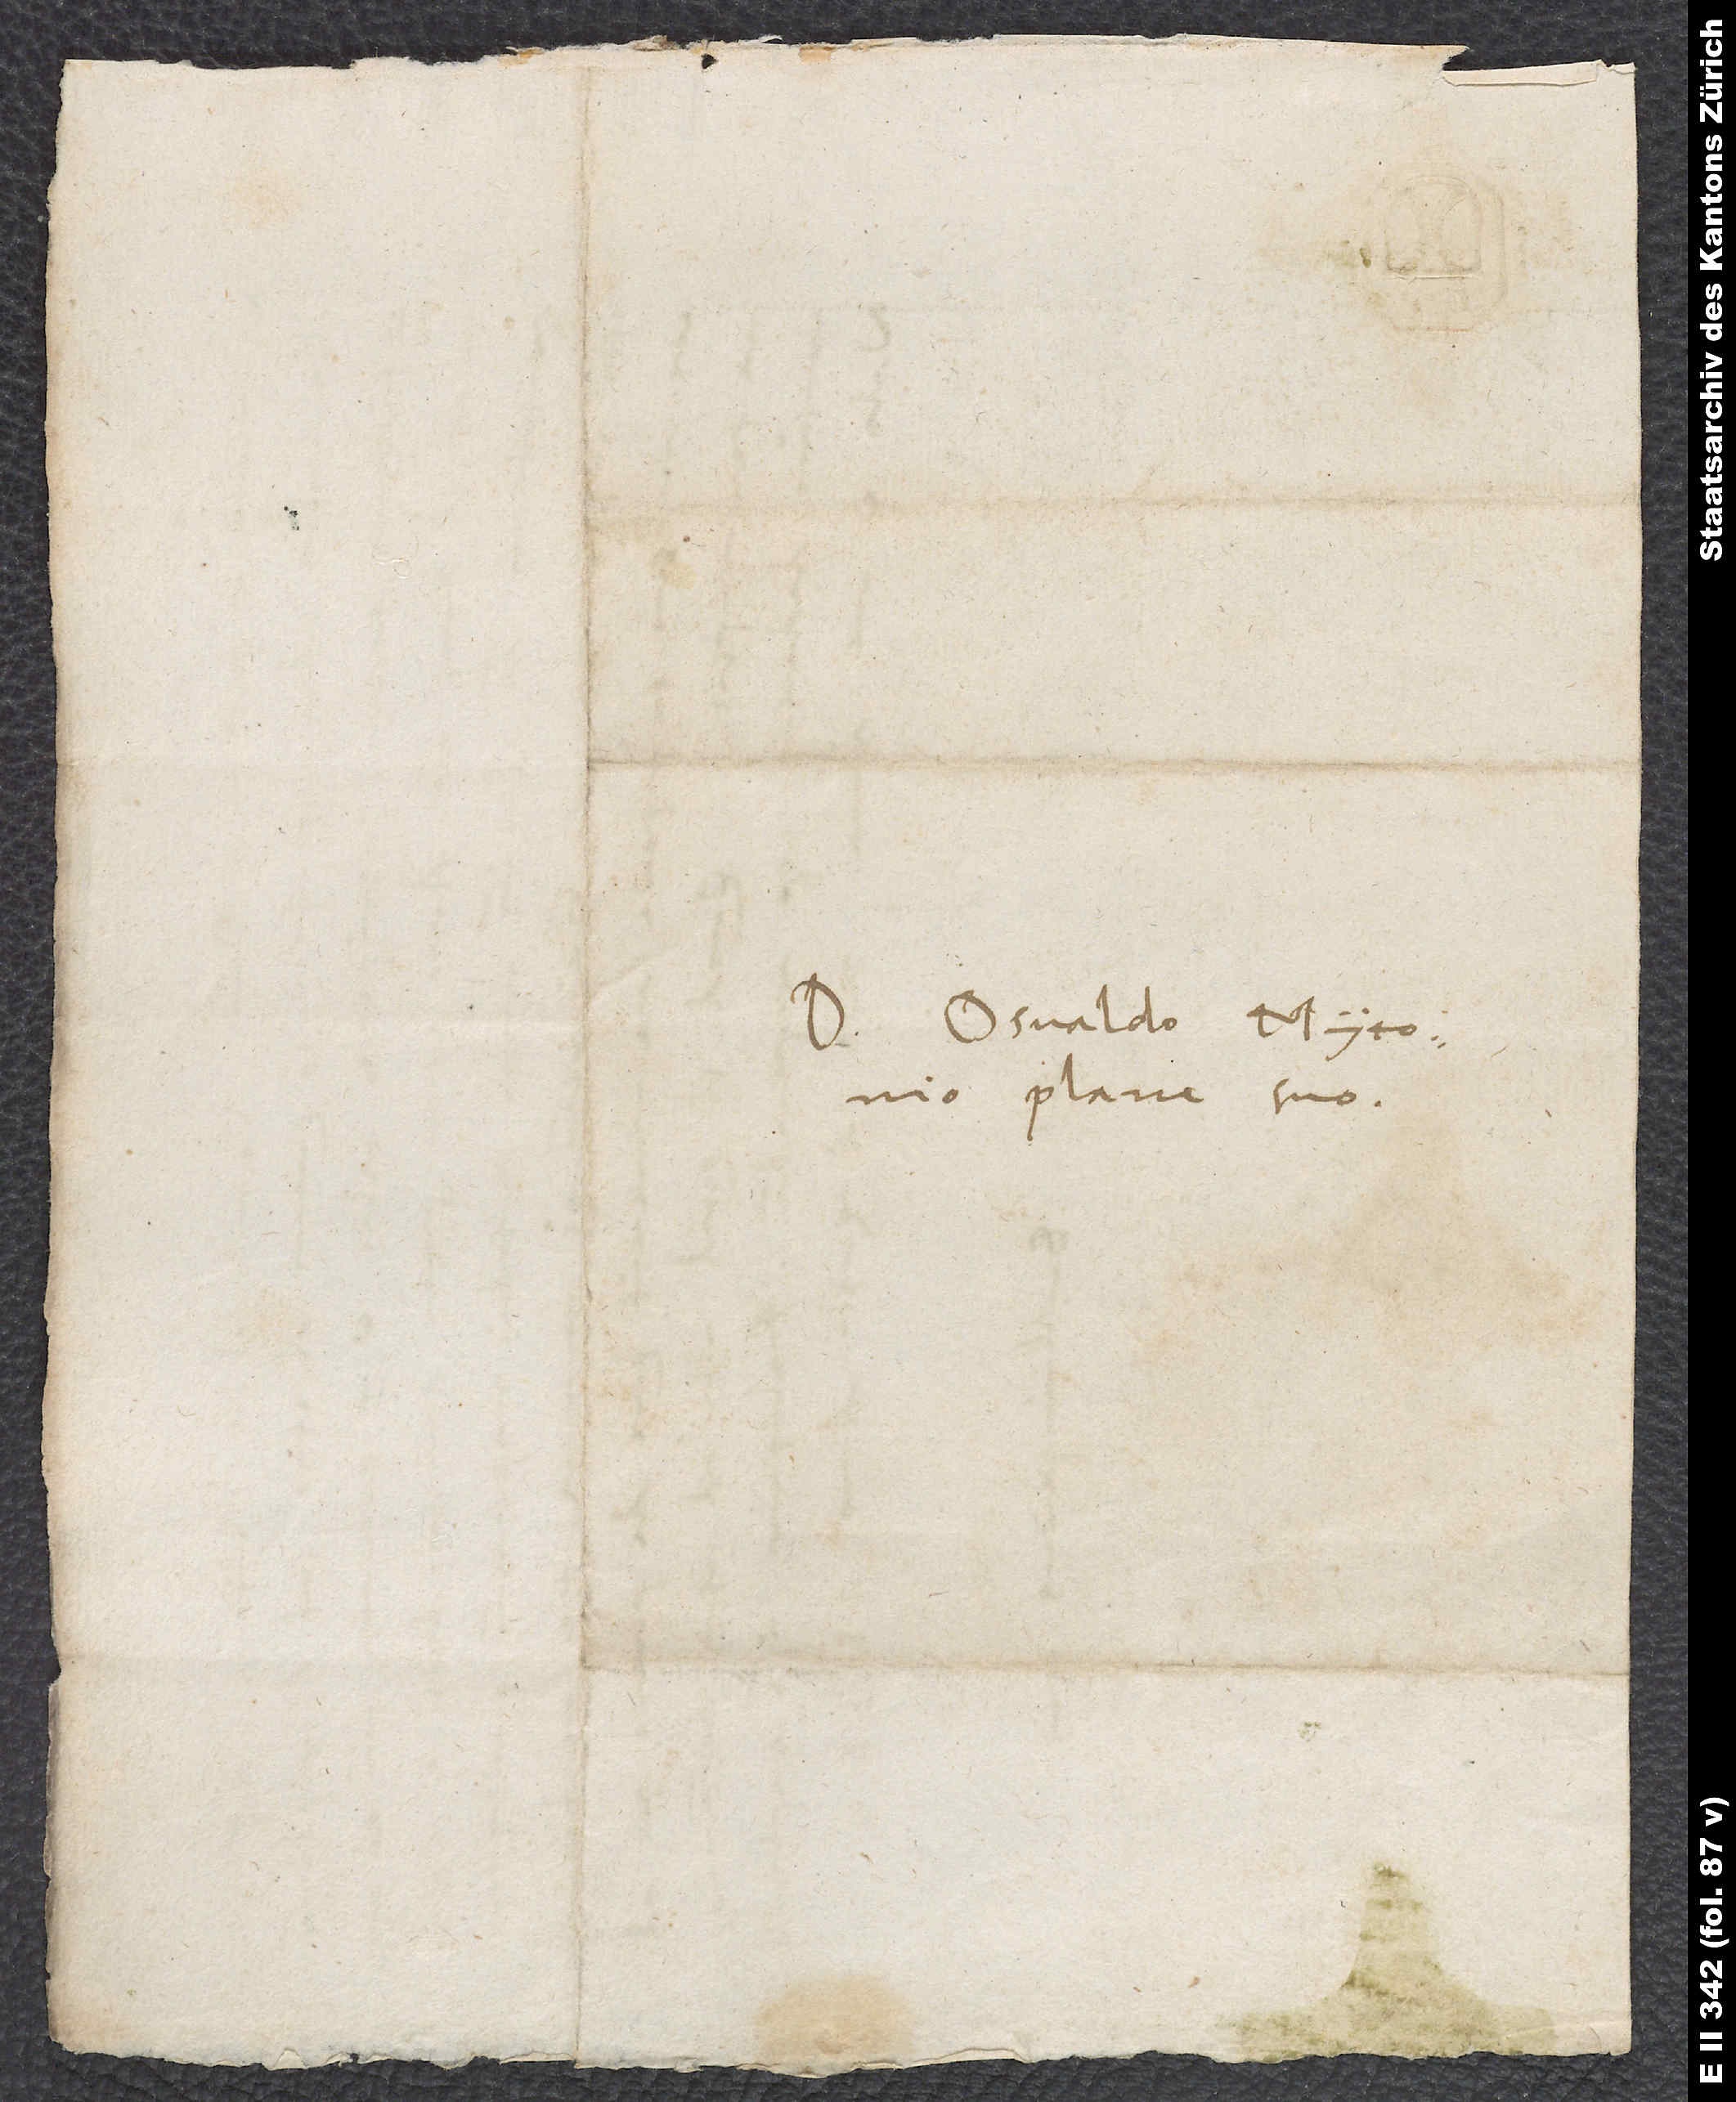
Domino Osvaldo Myconio,
plane suo.